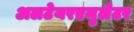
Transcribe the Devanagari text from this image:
अलटेयरएमुलेटर